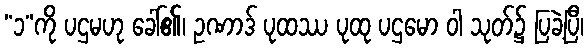
“၁”ကို ပဌမဟု ခေါ်၏၊ ဥဏာဒ် ပုထဿ ပုထု ပဌမော ဝါ သုတ်၌ ပြခဲ့ပြီ၊